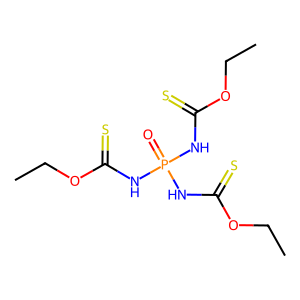
SMILES: CCOC(=S)NP(=O)(NC(=S)OCC)NC(=S)OCC
Inhibits HIV replication: No